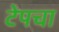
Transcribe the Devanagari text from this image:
टेपचा